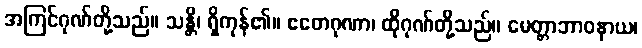
အကြင်ဂုဏ်တို့သည်။ သန္တိ၊ ရှိကုန်၏။ ဧတေဂုဏာ၊ ထိုဂုဏ်တို့သည်။ မေတ္တာဘာဝနာယ၊